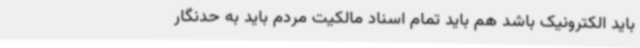
باید الکترونیک باشد هم باید تمام اسناد مالکیت مردم باید به حدنگار